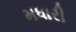
મધારી